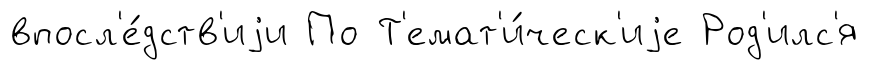
впосл'е́дств'иjи По Т'емат'и́ческ'иjе Род'илс'я